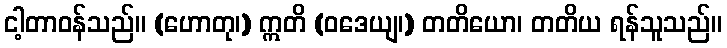
ငါ့တာဝန်သည်။ (ဟောတု၊) ဣတိ (ဝဒေယျ၊) တတိယော၊ တတိယ ရန်သူသည်။